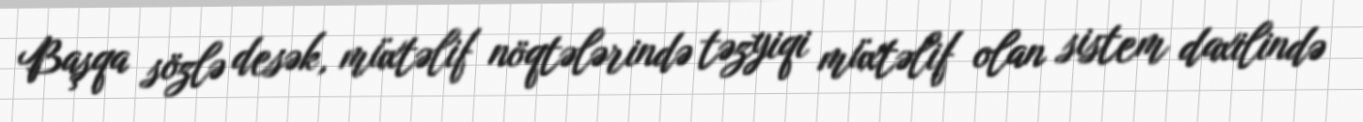
Başqa sözlə desək, müxtəlif nöqtələrində təzyiqi müxtəlif olan sistem daxilində